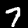
Digit: 7